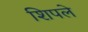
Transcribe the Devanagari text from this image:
शिपले